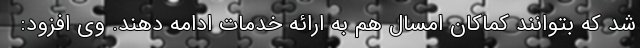
شد که بتوانند کماکان امسال هم به ارائه خدمات ادامه دهند. وی افزود: